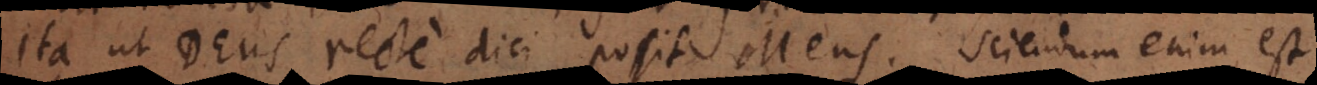
ita ut Deus recte dici possit Mens. Sciendum enim est